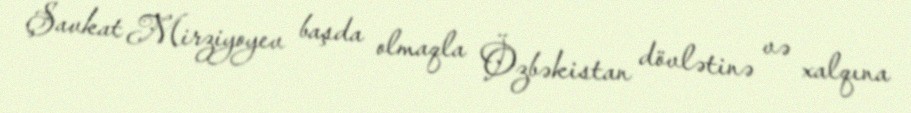
Şavkat Mirziyoyev başda olmaqla Özbəkistan dövlətinə və xalqına